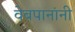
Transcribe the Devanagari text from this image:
वेबपानांनी